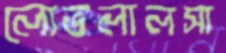
লোভলালসা